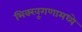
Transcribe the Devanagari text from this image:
भिक्खूगणामध्ये